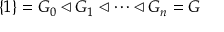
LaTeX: \{ 1 \} = G _ { 0 } \triangleleft G _ { 1 } \triangleleft \dots \triangleleft G _ { n } = G